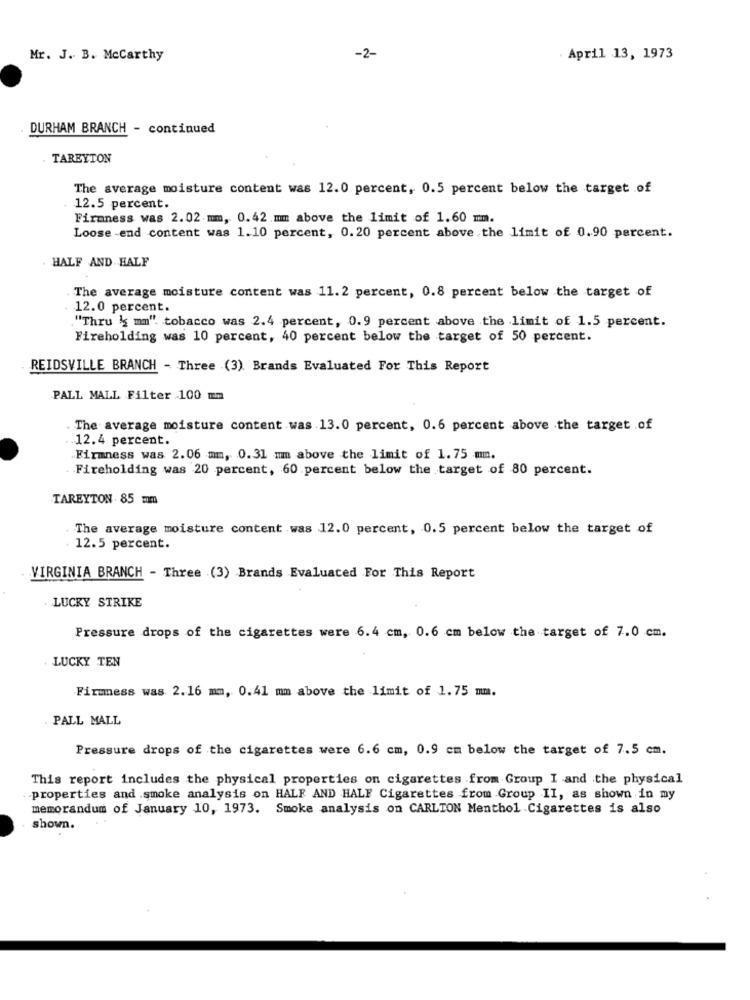
Mr. J. B. Mccarthy
-2-
. April 13, 1973
DURHAM BRANCH - continued
TAREYTON
The average moisture content was 12.0 percent, 0.5 percent below the target of
. 12.5 percent.
Firmness was 2.02 mm, 0.42.mm above the limit of 1.60 mm.
Loose -end content was 1.10 percent, 0.20 percent above the limit of 0.90 percent.
HALF AND HALF
The average moisture content was 11.2 percent, 0.8 percent below the target of
12.0 percent.
. "Thru & mm" tobacco was 2.4 percent, 0.9 percent above the limit of 1.5 percent.
Fireholding was 10 percent, 40 percent below the target of 50 percent.
REIDSVILLE BRANCH - Three (3). Brands Evaluated For This Report
PALL MALL Filter 100 mm
The average moisture content was 13.0 percent, 0.6 percent above the target of
.12. 4 percent.
Firmness was 2.06 mm, 0.31 mm above the limit of 1.75 mm.
Fireholding was 20 percent, 60 percent below the target of 80 percent.
TAREYTON 85 mm
. The average moisture content was 12.0 percent, 0.5 percent below the target of
12.5 percent.
VIRGINIA BRANCH - Three (3) Brands Evaluated For This Report
LUCKY STRIKE
Pressure drops of the cigarettes were 6.4 cm, 0.6 cm below the target of 7.0 cm.
LUCKY TEN
Firmness was 2.16 mm, 0.41 mm above the limit of 1.75 mm.
PALL MALL
Pressure drops of the cigarettes were 6.6 cm, 0.9 cm below the target of 7.5 cm.
This report includes the physical properties on cigarettes from Group I and the physical
properties and smoke analysis on HALF AND HALF Cigarettes from Group II, as shown in my
memorandum of January 10, 1973. Smoke analysis on CARLTON Menthol Cigarettes is also
shown.